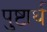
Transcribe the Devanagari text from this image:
पुष्टार्थ